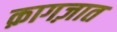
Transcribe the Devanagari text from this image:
क़ागज़ात